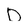
Character: D